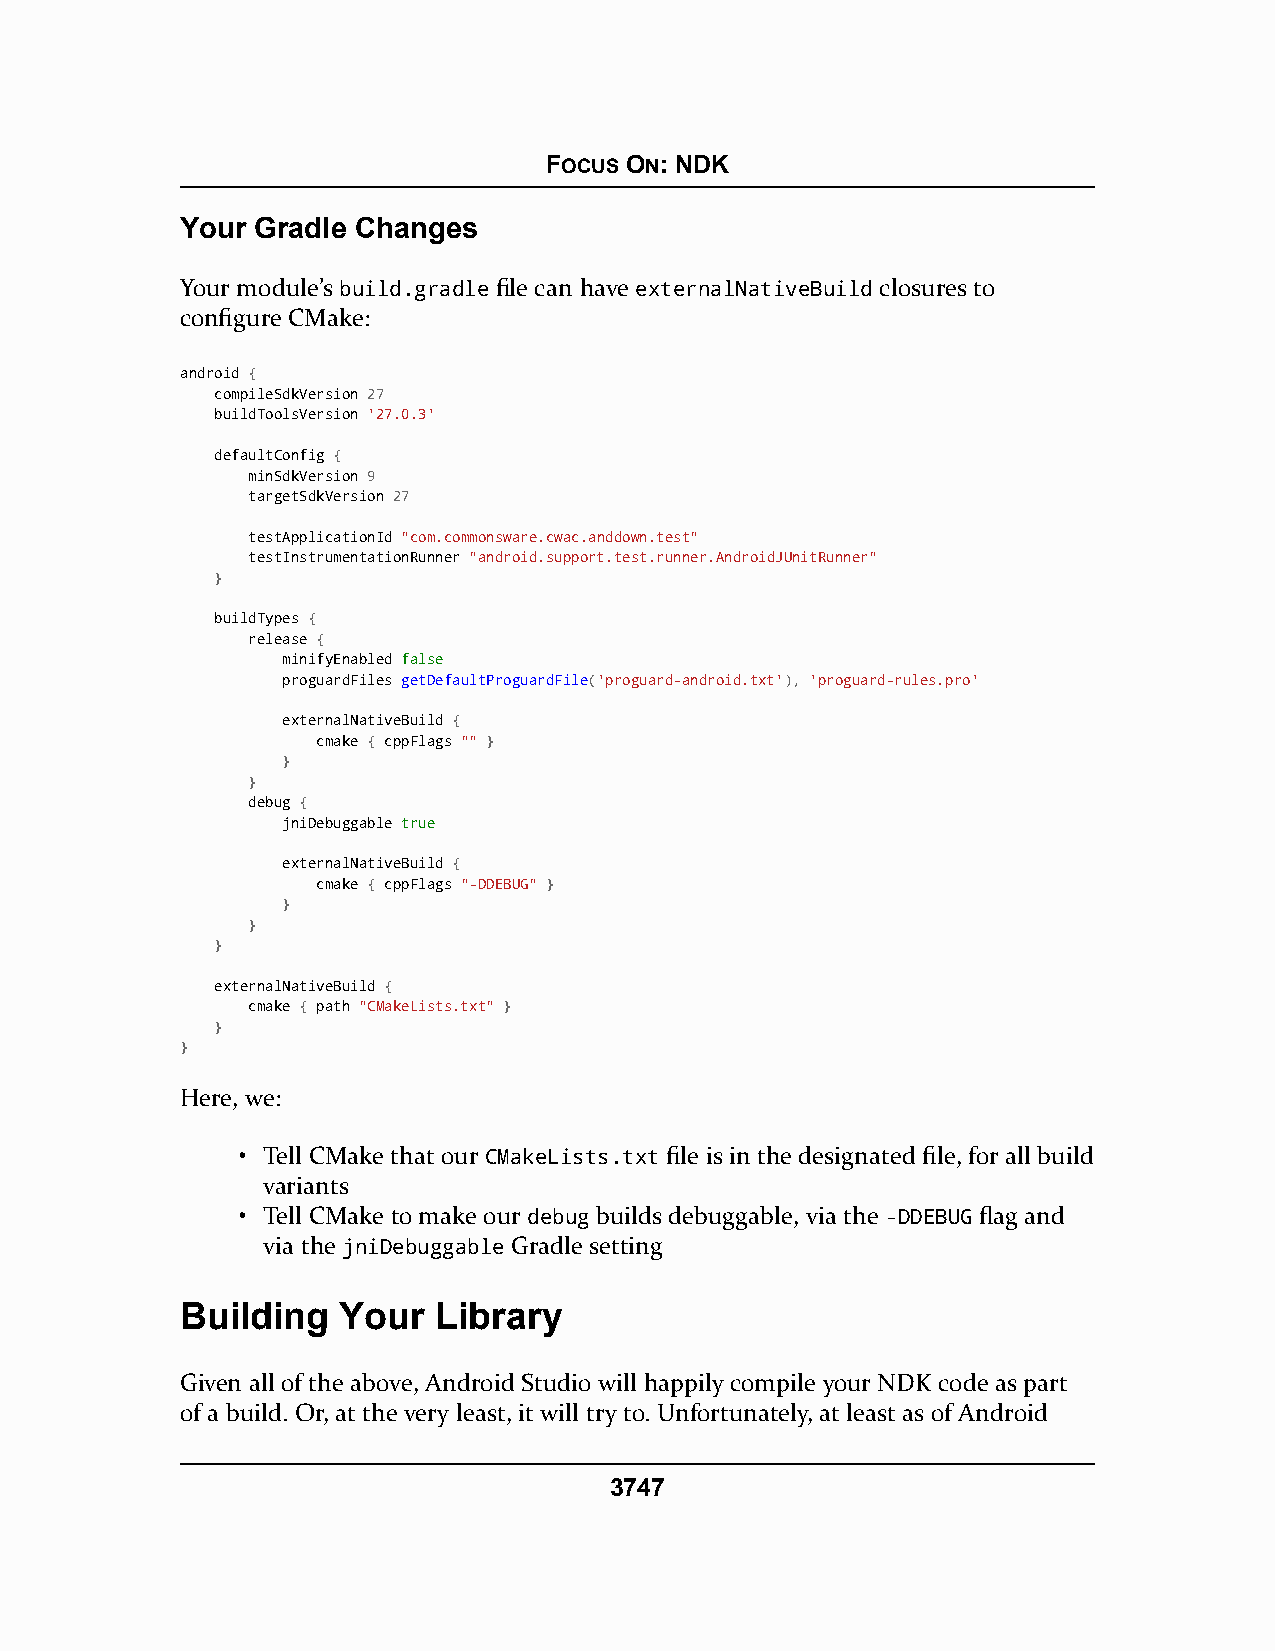
FOCUS ON: NDK
 Your Gradle Changes
 Your module’s build.gradle file can have externalNativeBuild closures to
 configure CMake:
 android {
 compileSdkVersion 27
 buildToolsVersion '27.0.3'
 defaultConfig {
 minSdkVersion 9
 targetSdkVersion 27
 testApplicationId "com.commonsware.cwac.anddown.test"
 testInstrumentationRunner "android.support.test.runner.AndroidJUnitRunner"
 }
 buildTypes {
 release {
 minifyEnabled ffaallssee
 proguardFiles getDefaultProguardFile('proguard-android.txt'), 'proguard-rules.pro'
 externalNativeBuild {
 cmake { cppFlags "" }
 }
 }
 debug {
 jniDebuggable ttrruuee
 externalNativeBuild {
 cmake { cppFlags "-DDEBUG" }
 }
 }
 }
 externalNativeBuild {
 cmake { path "CMakeLists.txt" }
 }
 }
 Here, we:
 • Tell CMake that our CMakeLists.txt file is in the designated file, for all build
 variants
 • Tell CMake to make our debug builds debuggable, via the -DDEBUG flag and
 via the jniDebuggable Gradle setting
 Building   Your  Library
 Given all of the above, Android Studio will happily compile your NDK code as part
 of a build. Or, at the very least, it will try to. Unfortunately, at least as of Android
 3747